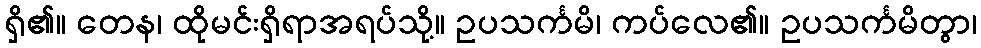
ရှိ၏။ တေန၊ ထိုမင်းရှိရာအရပ်သို့။ ဥပသင်္ကမိ၊ ကပ်လေ၏။ ဥပသင်္ကမိတွာ၊